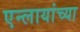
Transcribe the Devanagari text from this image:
एन्लायांच्या